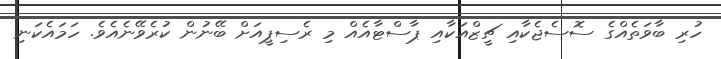
ހުރި ބާވަތެއްގެ ސޮސެޖެކާއި ޗީޒްއަކާއި ޕާސްޓާއެއް މި ރެސިޕީއަށް ބޭނުން ކުރެވޭނެއެވެ. ހަމައެކަނި